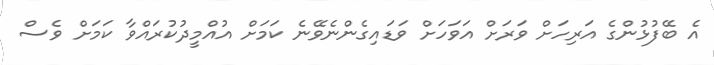
އެ ބޭފުޅުންގެ އަރިހަށް ވަރަށް އަވަހަށް ވަޑައިގެންނެވޭނެ ކަމަށް އުއްމީދުކުރައްވާ ކަމަށް ވެސް